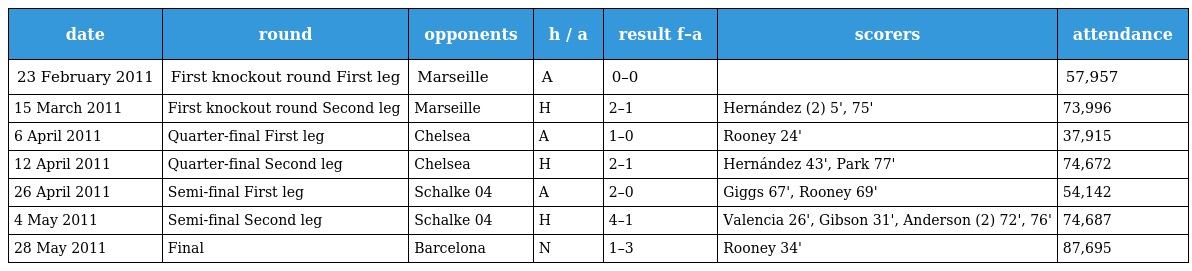
| date | round | opponents | h / a | result f–a | scorers | attendance |
 | --- | --- | --- | --- | --- | --- | --- |
 | 23 February 2011 | First knockout round First leg | Marseille | A | 0–0 |  | 57,957 |
 | 15 March 2011 | First knockout round Second leg | Marseille | H | 2–1 | Hernández (2) 5', 75' | 73,996 |
 | 6 April 2011 | Quarter-final First leg | Chelsea | A | 1–0 | Rooney 24' | 37,915 |
 | 12 April 2011 | Quarter-final Second leg | Chelsea | H | 2–1 | Hernández 43', Park 77' | 74,672 |
 | 26 April 2011 | Semi-final First leg | Schalke 04 | A | 2–0 | Giggs 67', Rooney 69' | 54,142 |
 | 4 May 2011 | Semi-final Second leg | Schalke 04 | H | 4–1 | Valencia 26', Gibson 31', Anderson (2) 72', 76' | 74,687 |
 | 28 May 2011 | Final | Barcelona | N | 1–3 | Rooney 34' | 87,695 |